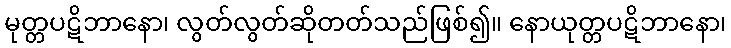
မုတ္တပဋိဘာနော၊ လွတ်လွတ်ဆိုတတ်သည်ဖြစ်၍။ နောယုတ္တပဋိဘာနော၊